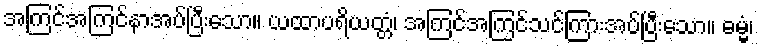
အကြင်အကြင်နာအပ်ပြီးသော။ ယထာပရိယတ္တံ၊ အကြင်အကြင်သင်ကြားအပ်ပြီးသော။ ဓမ္မံ၊